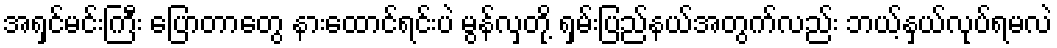
အရှင်မင်းကြီး ပြောတာတွေ နားထောင်ရင်းပဲ မွန်လှတို့ ရှမ်းပြည်နယ်အတွက်လည်း ဘယ့်နှယ်လုပ်ရမလဲ